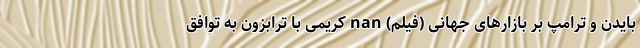
بایدن و ترامپ بر بازارهای جهانی (فیلم) nan کریمی با ترابزون به توافق